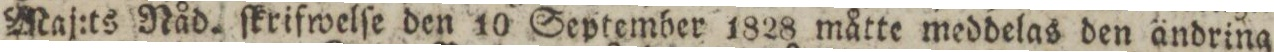
Maj:ts Nåd. ſkrifwelſe den 10 September 1828 måtte meddelas den ändring